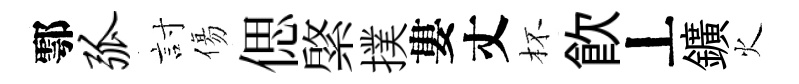
鄠弧討傷偲綮撲婁丈杯飮丄鑛火